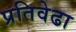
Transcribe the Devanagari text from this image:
प्रतिवेढा